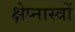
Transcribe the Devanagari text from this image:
क्षेप्नास्त्रों